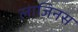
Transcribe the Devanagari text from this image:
लाजिनस